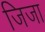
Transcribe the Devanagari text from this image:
जिजा